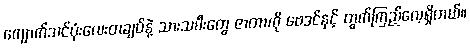
ကျောက်သင်ပုံးလေးတချပ်နဲ့ သားသမီးတွေ ဇာတာကို ဗေဒင်နှင့် တွက်ကြည့်လေ့ရှိတယ်။